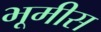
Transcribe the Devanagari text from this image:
भूमीस